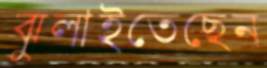
ঝুলাইতেছেন